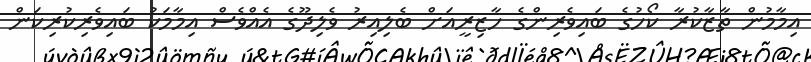
އިމާމުން ތާޒާކުރާ ކޯހުގެ ބައިވެރިންގެ ހާޒިރީއަށް ބެލިއިރު ވެލިދޫގެ އެއްވެސް އިމާމަކު ބައިވެރިކުރިކަން